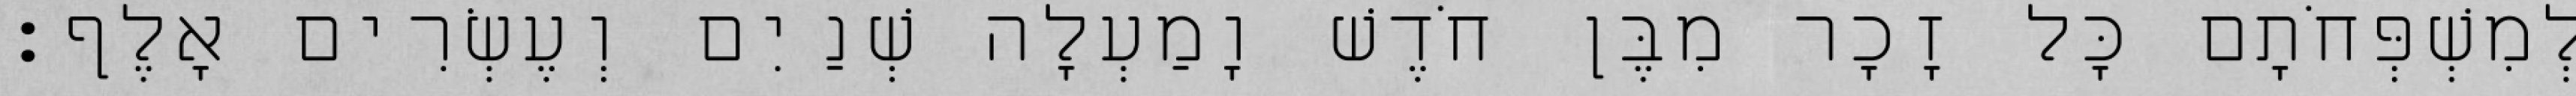
לְמִשְׁפְּחֹתָם כָּל זָכָר מִבֶּן חֹדֶשׁ וָמַעְלָה שְׁנַיִם וְעֶשְׂרִים אָלֶף׃